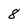
Character: 8